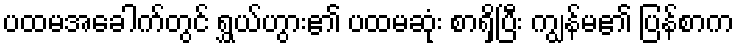
ပထမအခေါက်တွင် ရွှယ်ဟွား၏ ပထမဆုံး စာရှိပြီး ကျွန်မ၏ ပြန်စာက